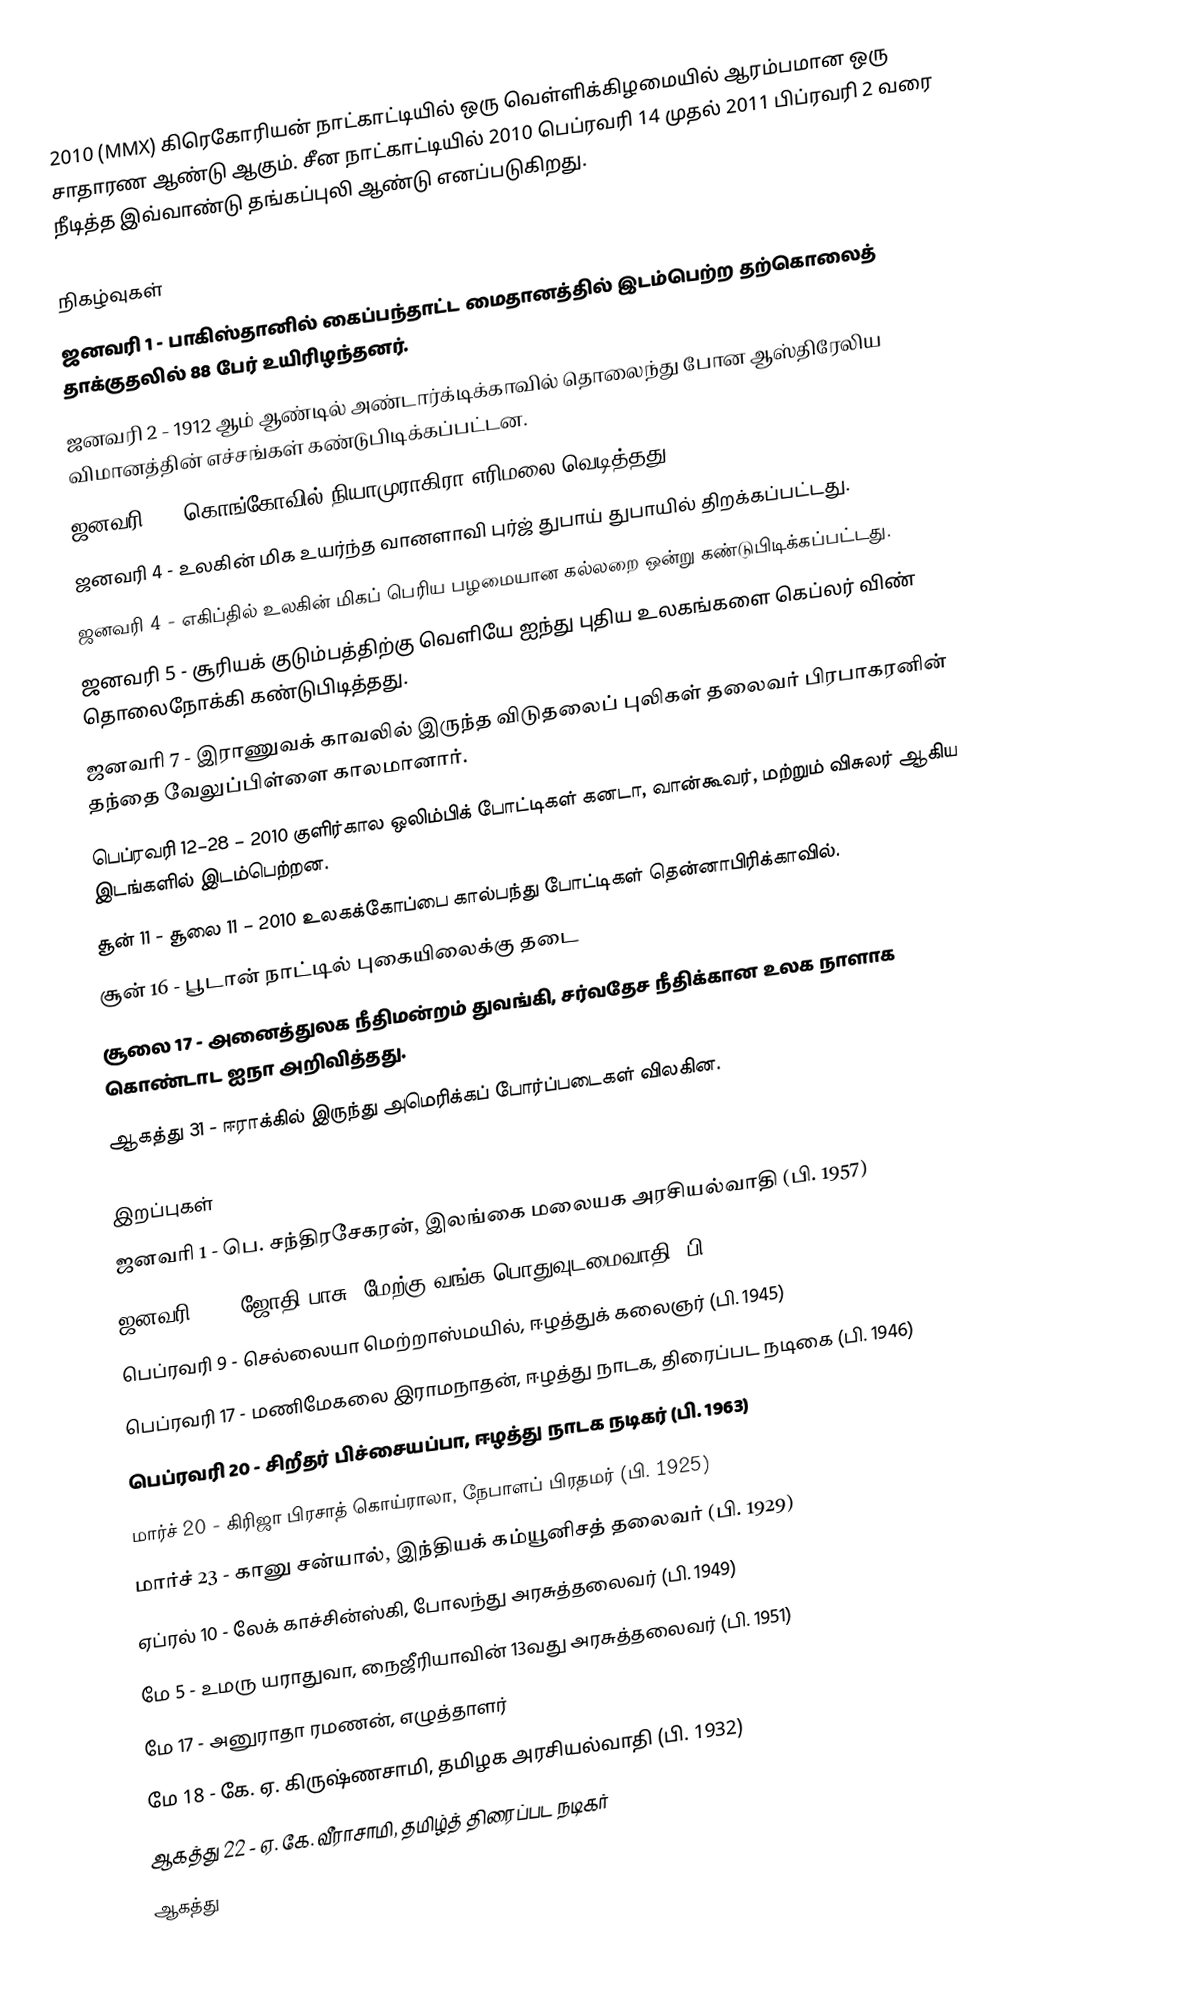
2010 (MMX) கிரெகோரியன் நாட்காட்டியில் ஒரு வெள்ளிக்கிழமையில் ஆரம்பமான ஒரு சாதாரண ஆண்டு ஆகும். சீன நாட்காட்டியில் 2010 பெப்ரவரி 14 முதல் 2011 பிப்ரவரி 2 வரை நீடித்த இவ்வாண்டு தங்கப்புலி ஆண்டு எனப்படுகிறது.

நிகழ்வுகள்
 ஜனவரி 1 - பாகிஸ்தானில் கைப்பந்தாட்ட மைதானத்தில் இடம்பெற்ற தற்கொலைத் தாக்குதலில் 88 பேர் உயிரிழந்தனர்.
 ஜனவரி 2 - 1912 ஆம் ஆண்டில் அண்டார்க்டிக்காவில் தொலைந்து போன ஆஸ்திரேலிய விமானத்தின் எச்சங்கள் கண்டுபிடிக்கப்பட்டன.
 ஜனவரி 3 - கொங்கோவில் நியாமுராகிரா எரிமலை வெடித்தது.
 ஜனவரி 4 - உலகின் மிக உயர்ந்த வானளாவி புர்ஜ் துபாய் துபாயில் திறக்கப்பட்டது.
 ஜனவரி 4 - எகிப்தில் உலகின் மிகப் பெரிய பழமையான கல்லறை ஒன்று கண்டுபிடிக்கப்பட்டது.
 ஜனவரி 5 - சூரியக் குடும்பத்திற்கு வெளியே ஐந்து புதிய உலகங்களை கெப்லர் விண் தொலைநோக்கி கண்டுபிடித்தது.
 ஜனவரி 7 - இராணுவக் காவலில் இருந்த விடுதலைப் புலிகள் தலைவர் பிரபாகரனின் தந்தை வேலுப்பிள்ளை காலமானார்.
 பெப்ரவரி 12–28 – 2010 குளிர்கால ஒலிம்பிக் போட்டிகள் கனடா, வான்கூவர், மற்றும் விசுலர் ஆகிய இடங்களில் இடம்பெற்றன.
 சூன் 11 - சூலை 11 – 2010 உலகக்கோப்பை கால்பந்து போட்டிகள் தென்னாபிரிக்காவில்.
 சூன் 16 - பூடான் நாட்டில் புகையிலைக்கு தடை
 சூலை 17 - அனைத்துலக நீதிமன்றம் துவங்கி, சர்வதேச நீதிக்கான உலக நாளாக கொண்டாட ஐநா அறிவித்தது.
 ஆகத்து 31 - ஈராக்கில் இருந்து அமெரிக்கப் போர்ப்படைகள் விலகின.

இறப்புகள்
 ஜனவரி 1 - பெ. சந்திரசேகரன், இலங்கை மலையக அரசியல்வாதி (பி. 1957)
 ஜனவரி 17 - ஜோதி பாசு, மேற்கு வங்க பொதுவுடமைவாதி (பி. 1914)
 பெப்ரவரி 9 - செல்லையா மெற்றாஸ்மயில், ஈழத்துக் கலைஞர் (பி. 1945)
 பெப்ரவரி 17 - மணிமேகலை இராமநாதன், ஈழத்து நாடக, திரைப்பட நடிகை (பி. 1946)
 பெப்ரவரி 20 - சிறீதர் பிச்சையப்பா, ஈழத்து நாடக நடிகர் (பி. 1963)
 மார்ச் 20 - கிரிஜா பிரசாத் கொய்ராலா, நேபாளப் பிரதமர் (பி. 1925)
 மார்ச் 23 - கானு சன்யால், இந்தியக் கம்யூனிசத் தலைவர் (பி. 1929)
 ஏப்ரல் 10 - லேக் காச்சின்ஸ்கி, போலந்து அரசுத்தலைவர் (பி. 1949)
 மே 5 - உமரு யராதுவா, நைஜீரியாவின் 13வது அரசுத்தலைவர் (பி. 1951)
 மே 17 - அனுராதா ரமணன், எழுத்தாளர்
 மே 18 - கே. ஏ. கிருஷ்ணசாமி, தமிழக அரசியல்வாதி (பி. 1932)
 ஆகத்து 22 - ஏ. கே. வீராசாமி, தமிழ்த் திரைப்பட நடிகர்
 ஆகத்து